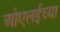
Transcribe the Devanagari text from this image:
ओएलईच्या